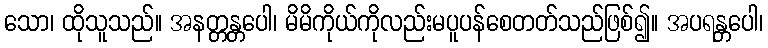
သော၊ ထိုသူသည်။ အနတ္တန္တပေါ၊ မိမိကိုယ်ကိုလည်းမပူပန်စေတတ်သည်ဖြစ်၍။ အပရန္တပေါ၊